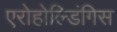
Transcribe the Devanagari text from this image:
एरोहोल्डिंगिस